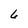
Character: 6